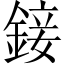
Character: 𨨧